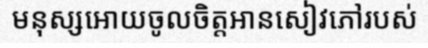
មនុស្សអោយចូលចិត្តអានសៀវភៅរបស់